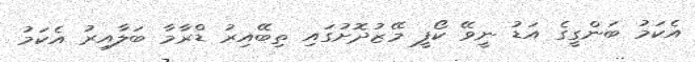
އެކަމު ބަންގީގެ އަޑު ނީވޭ ކޯފީ މޭޒުދޮށުގައި ތިބޭއިރު ޑްރާމާ ބަލާއިރު އެކަމު